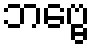
ဘဗ္ဗေ